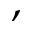
,